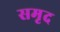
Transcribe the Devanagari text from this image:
समृद